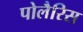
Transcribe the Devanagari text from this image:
पोलैरिस